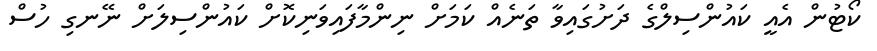
ކޯޓުން އެއީ ކައުންސިލްގެ ދަށުގައިވާ ތަނެއް ކަމަށް ނިންމާފައިވަނިކޮށް ކައުންސިލަށް ނޭނގި ހުސް